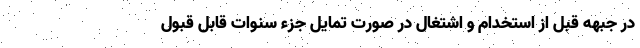
در جبهه قبل از استخدام و اشتغال در صورت تمایل جزء سنوات قابل قبول